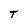
Character: T